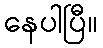
နေပါပြီ။